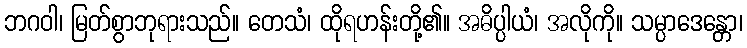
ဘဂဝါ၊ မြတ်စွာဘုရားသည်။ တေသံ၊ ထိုရဟန်းတို့၏။ အဓိပ္ပါယံ၊ အလိုကို။ သမ္ပာဒေန္တော၊